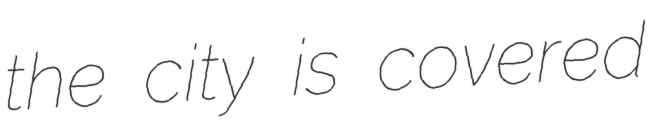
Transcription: the city is covered